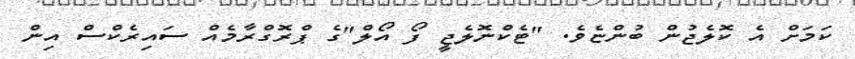
ކަމަށް އެ ކޮލެޖުން ބުންޏެވެ. "ޓެކްނޮލެޖީ ފޯ އޯލް"ގެ ޕްރޮގްރާމެއް ސައިރެކްސް އިން